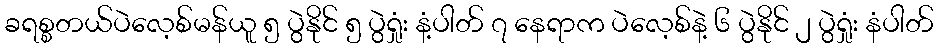
ခရစ္စတယ်ပဲလေ့စ်မန်ယူ ၅ ပွဲနိုင် ၅ ပွဲရှုံး နံ့ပါတ် ၇ နေရာက ပဲလေ့စ်နဲ့ ၆ ပွဲနိုင် ၂ ပွဲရှုံး နံပါတ်